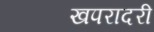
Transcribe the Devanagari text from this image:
खपरादरी